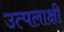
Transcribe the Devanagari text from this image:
उत्पलाक्षी